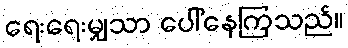
ရေးရေးမျှသာ ပေါ်နေကြသည်။